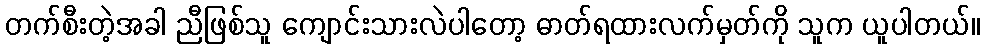
တက်စီးတဲ့အခါ ညီဖြစ်သူ ကျောင်းသားလဲပါတော့ ဓာတ်ရထားလက်မှတ်ကို သူက ယူပါတယ်။